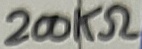
Text: 200KΩ